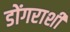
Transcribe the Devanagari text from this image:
डोंगराशी